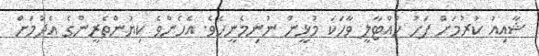
ޝާއިއު ކުރުމަށް ފަހު ހުއްޓާލީ ވާހަކަ މުޅީން ނުނިމެނީހެވެ. އެހެންވެ ކިޔުންތެރީންގެ އެދުމަށް